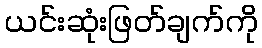
ယင်းဆုံးဖြတ်ချက်ကို